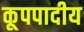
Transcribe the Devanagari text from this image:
कूपपादीय